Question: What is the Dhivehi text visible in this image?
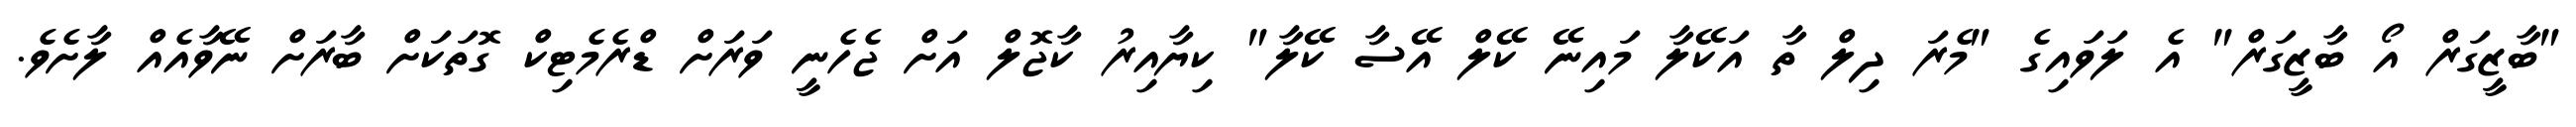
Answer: "ބާޒީގަރް އޯ ބާޒީގަރް" އެ ލަވައިގެ "މެރަ ދިލް ތާ އަކޭލާ މައިނޭ ކޭލް އޭސާ ކޭލާ" ކިޔާއިރު ކާޖޮލް އަށް ޖެހެނީ ވަރަށް ޑްރެމެޓިކް ގޮތަކަށް ބާރަށް ނޭވާއެއް ލާށެވެ.